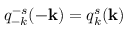
q _ { - k } ^ { - s } ( - { \bf k } ) = q _ { k } ^ { s } ( { \bf k } )